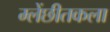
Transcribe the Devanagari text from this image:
म्लेंछीतकला